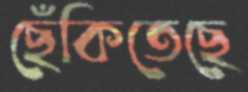
ছেঁকিতেছে